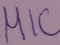
Text: MIC